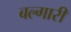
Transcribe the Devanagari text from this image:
बल्गारी